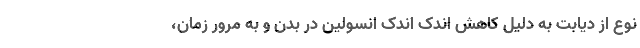
نوع از دیابت به دلیل کاهش اندک اندک انسولین در بدن و به مرور زمان،